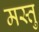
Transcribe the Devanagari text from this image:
मस्तु